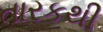
તારકથી